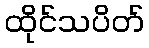
ထိုင်သပိတ်